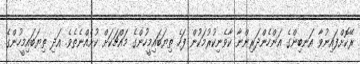
ރޭކޮށްފައިނުވާ އަނބިންގެ އަންހެންދަރިންނާ ކާވެނިކުރުމަކުން ފަހެ ތިޔަބައިމީހުންގެ މައްޗަކަށް ކުށެއްނެތެވެ. އަދި ތިޔަބައިމީހުންގެ